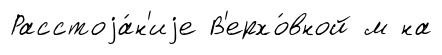
Расстоjа́н'иjе В'ерхо́вной м на